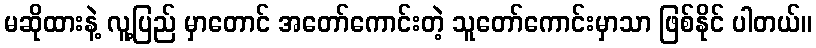
မဆိုထားနဲ့ လူ့ပြည် မှာတောင် အတော်ကောင်းတဲ့ သူတော်ကောင်းမှာသာ ဖြစ်နိုင် ပါတယ်။